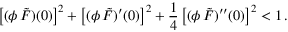
\big [ ( \phi \, \tilde { F } ) ( 0 ) \big ] ^ { 2 } + \big [ ( \phi \, \tilde { F } ) ^ { \prime } ( 0 ) \big ] ^ { 2 } + { \frac { 1 } { 4 } } \, \big [ ( \phi \, \tilde { F } ) ^ { \prime \prime } ( 0 ) \big ] ^ { 2 } < 1 \, .